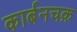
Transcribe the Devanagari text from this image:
कार्बनचक्र